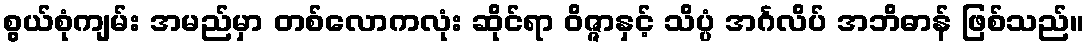
စွယ်စုံကျမ်း အမည်မှာ တစ်လောကလုံး ဆိုင်ရာ ဝိဇ္ဇာနှင့် သိပ္ပံ အင်္ဂလိပ် အဘိဓာန် ဖြစ်သည်။